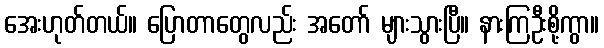
အေးဟုတ်တယ်။ ပြောတာတွေလည်း အတော် များသွားပြီ။ နားကြဦးစို့ကွာ။